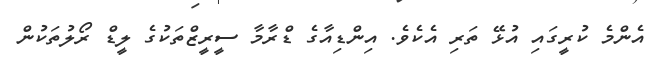
އެންމެ ކުރީގައި އުޅޭ ތަރި އެކެވެ. އިންޑިއާގެ ޑްރާމާ ސީރީޒްތަކުގެ ލީޑް ރޯލުތަކުން